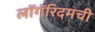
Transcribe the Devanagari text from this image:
लॉगॅरिदमची